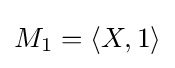
M_{1}=\langle X,1\rangle